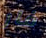
فار